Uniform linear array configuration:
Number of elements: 64
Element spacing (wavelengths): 1
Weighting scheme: uniform
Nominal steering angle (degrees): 15
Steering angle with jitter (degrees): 16.641
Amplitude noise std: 0.05
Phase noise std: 0.05

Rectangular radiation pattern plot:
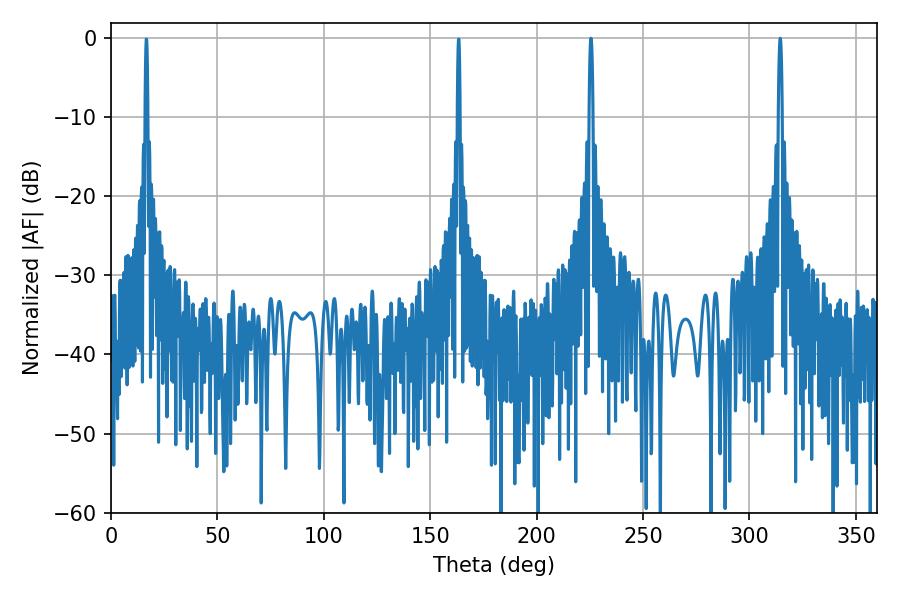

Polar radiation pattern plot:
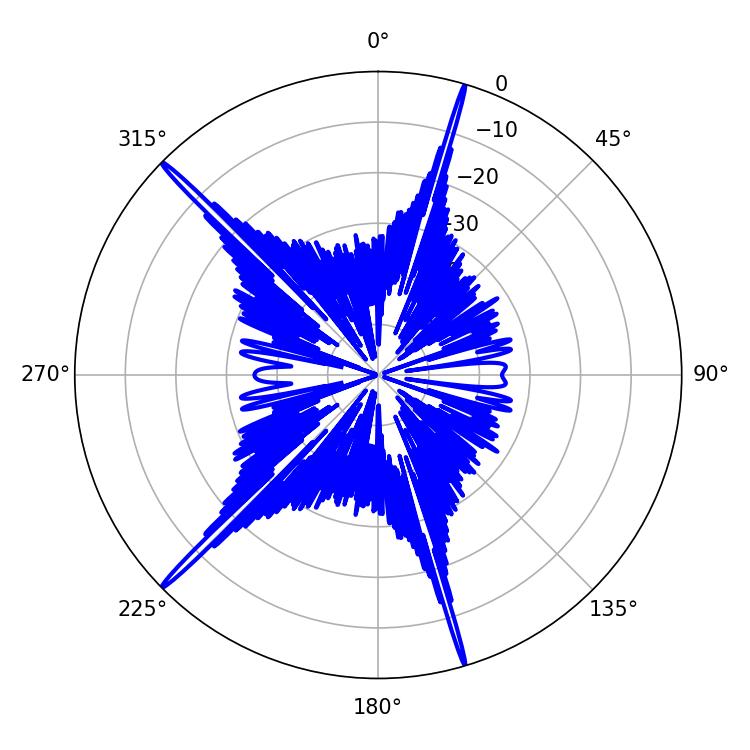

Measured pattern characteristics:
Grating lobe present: TRUE
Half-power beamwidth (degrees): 1.08
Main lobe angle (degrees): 314.46